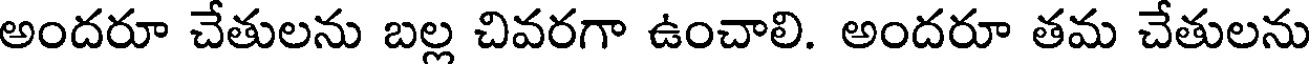
అందరూ చేతులను బల్ల చివరగా ఉంచాలి. అందరూ తమ చేతులను